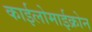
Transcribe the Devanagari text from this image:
काईलोमाईक्रोन